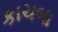
કાચબા